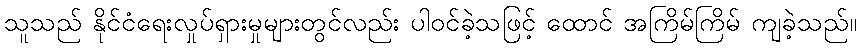
သူသည် နိုင်ငံရေးလှုပ်ရှားမှုများတွင်လည်း ပါဝင်ခဲ့သဖြင့် ထောင် အကြိမ်ကြိမ် ကျခဲ့သည်။